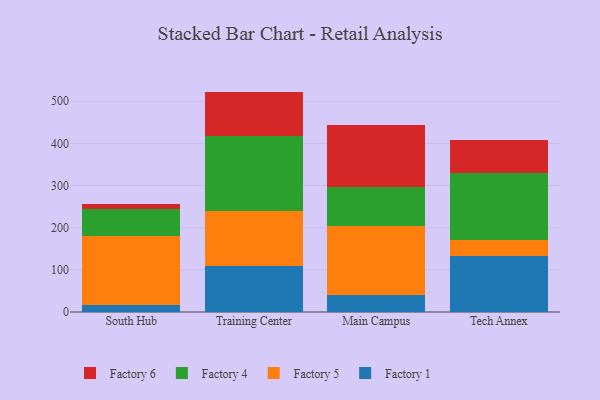
{"axis": {"x": "Campus", "y": "Gross Profit (USD K)"}, "legend": ["Factory 1", "Factory 4", "Factory 5", "Factory 6"], "data": [{"x": "South Hub", "y": 16.9, "type": "Factory 1"}, {"x": "South Hub", "y": 162.8, "type": "Factory 5"}, {"x": "South Hub", "y": 65.4, "type": "Factory 4"}, {"x": "South Hub", "y": 12.1, "type": "Factory 6"}, {"x": "Training Center", "y": 109.0, "type": "Factory 1"}, {"x": "Training Center", "y": 131.6, "type": "Factory 5"}, {"x": "Training Center", "y": 177.4, "type": "Factory 4"}, {"x": "Training Center", "y": 104.9, "type": "Factory 6"}, {"x": "Main Campus", "y": 39.9, "type": "Factory 1"}, {"x": "Main Campus", "y": 165.0, "type": "Factory 5"}, {"x": "Main Campus", "y": 91.3, "type": "Factory 4"}, {"x": "Main Campus", "y": 147.3, "type": "Factory 6"}, {"x": "Tech Annex", "y": 134.0, "type": "Factory 1"}, {"x": "Tech Annex", "y": 37.7, "type": "Factory 5"}, {"x": "Tech Annex", "y": 157.1, "type": "Factory 4"}, {"x": "Tech Annex", "y": 78.1, "type": "Factory 6"}]}